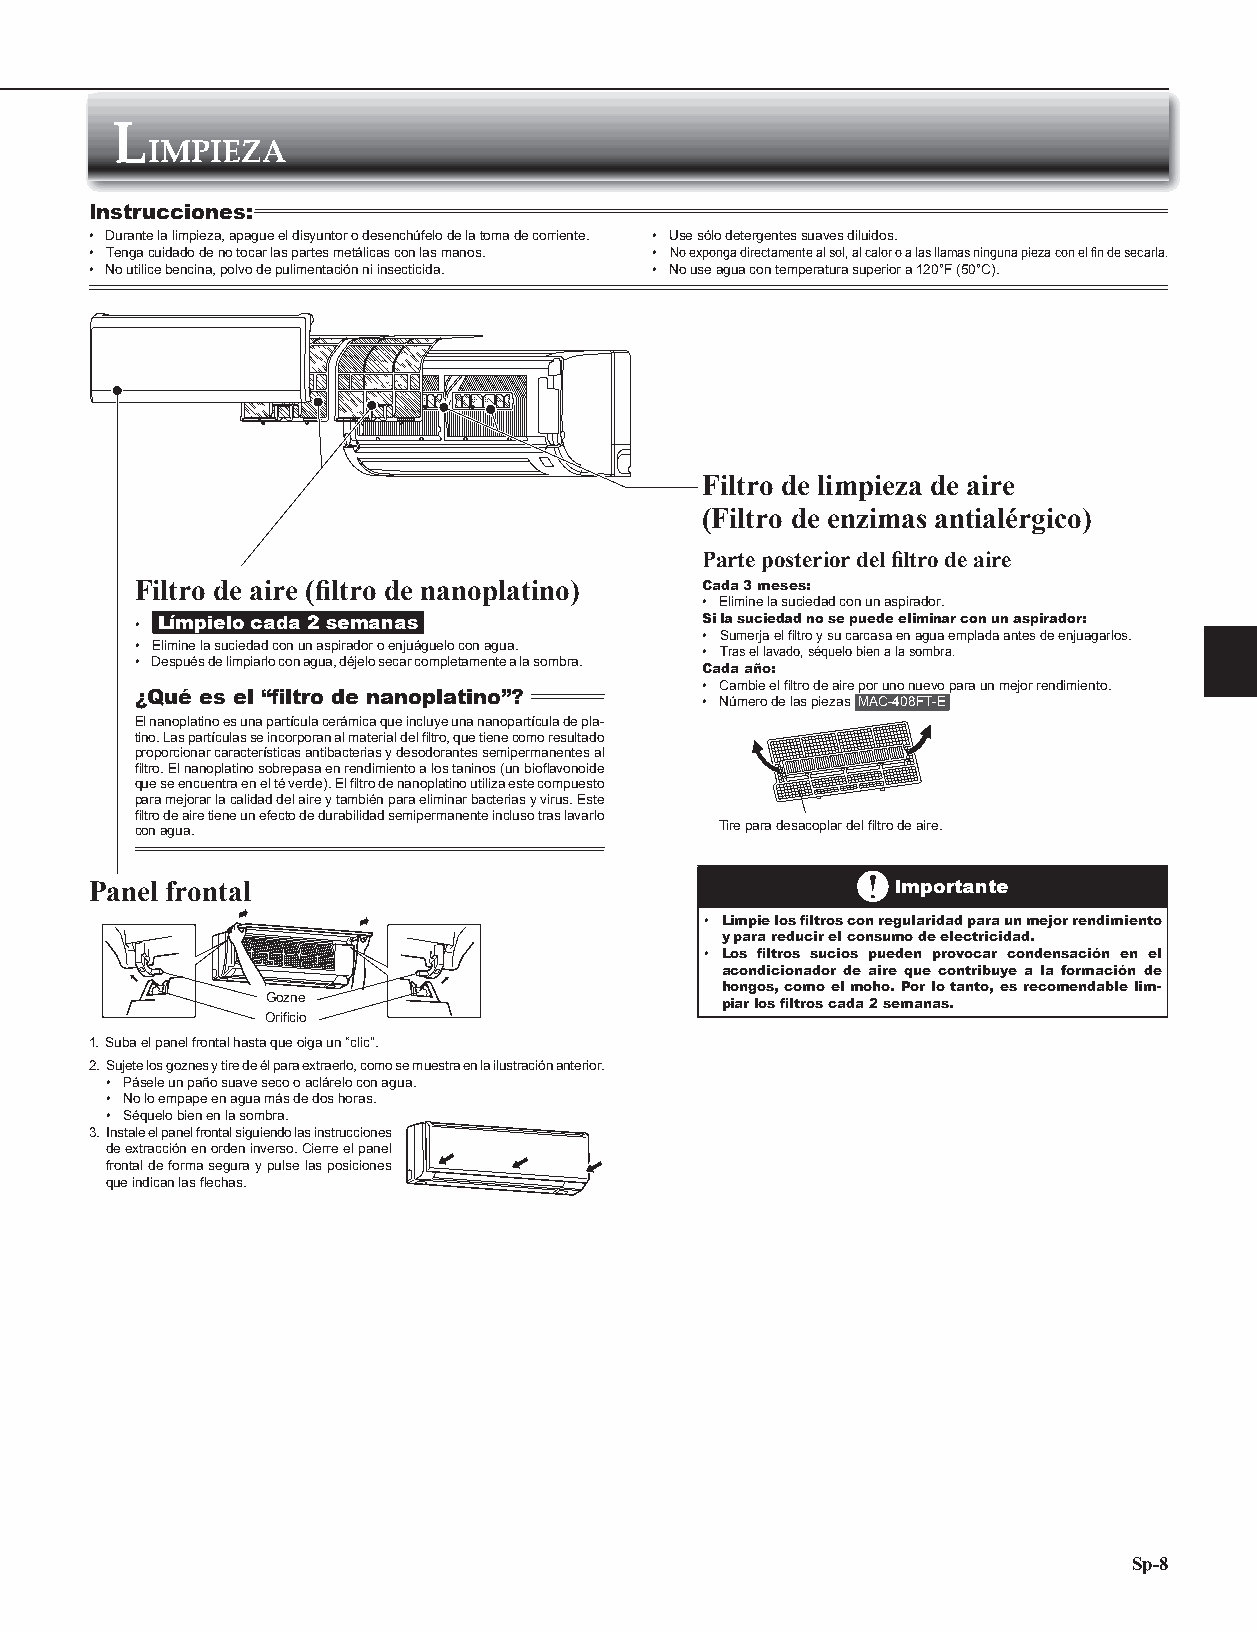
L
 IMPIEZA
 Instrucciones:
 • Durante la limpieza, apague el disyuntor o desenchúfelo de la toma de corriente. • Use sólo detergentes suaves diluidos.
 • Tenga cuidado de no tocar las partes metálicas con las manos. • No exponga directamente al sol, al calor o a las llamas ninguna pieza con el fi n de secarla.
 • No utilice bencina, polvo de pulimentación ni insecticida. • No use agua con temperatura superior a 120°F (50°C).
 Filtro de limpieza de aire
 (Filtro de enzimas antialérgico)
 Parte posterior del fi ltro de aire
 Filtro de aire (fi ltro de nanoplatino) Cada 3 meses:
 • Elimine la suciedad con un aspirador.
 • Límpielo cada 2 semanas             Si la suciedad no se puede eliminar con un aspirador:
 • Sumerja el fi ltro y su carcasa en agua emplada antes de enjuagarlos.
 • Elimine la suciedad con un aspirador o enjuáguelo con agua.
 • Tras el lavado, séquelo bien a la sombra.
 • Después de limpiarlo con agua, déjelo secar completamente a la sombra.
 Cada año:
 • Cambie el fi ltro de aire por uno nuevo para un mejor rendimiento.
 ¿Qué es el “fi ltro de nanoplatino”?
 • Número de las piezas MAC-408FT-E
 El nanoplatino es una partícula cerámica que incluye una nanopartícula de pla-
 tino. Las partículas se incorporan al material del fi ltro, que tiene como resultado
 proporcionar características antibacterias y desodorantes semipermanentes al
 fi ltro. El nanoplatino sobrepasa en rendimiento a los taninos (un biofl avonoide
 que se encuentra en el té verde). El fi ltro de nanoplatino utiliza este compuesto
 para mejorar la calidad del aire y también para eliminar bacterias y virus. Este
 fi ltro de aire tiene un efecto de durabilidad semipermanente incluso tras lavarlo
 con agua.                              Tire para desacoplar del fi ltro de aire.
 Panel frontal                                        Importante
 • Limpie los fi ltros con regularidad para un mejor rendimiento
 y para reducir el consumo de electricidad.
 • Los fi ltros sucios pueden provocar condensación en el
 acondicionador de aire que contribuye a la formación de
 hongos, como el moho. Por lo tanto, es recomendable lim-
 Gozne                         piar los fi ltros cada 2 semanas.
 Orifi cio
 1. Suba el panel frontal hasta que oiga un “clic”.
 2. Sujete los goznes y tire de él para extraerlo, como se muestra en la ilustración anterior.
 • Pásele un paño suave seco o aclárelo con agua.
 • No lo empape en agua más de dos horas.
 • Séquelo bien en la sombra.
 3. Instale el panel frontal siguiendo las instrucciones
 de extracción en orden inverso. Cierre el panel
 frontal de forma segura y pulse las posiciones
 que indican las fl echas.
 Sp-8
 JG79Y191H02_es.indd 8                                                     2019/07/17 15:36:17